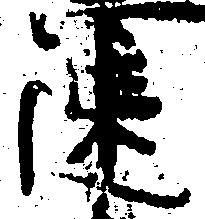
速